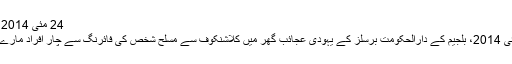
24 مئی 2014، بلجیم
24 مئی 2014، بلجیم کے دارالحکومت برسلز کے یہودی عجائب گھر میں کلاشنکوف سے مسلح شخص کی فائرنگ سے چار افراد مارے گئے۔